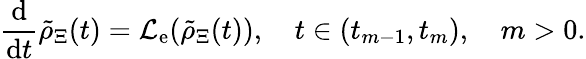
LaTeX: \frac{\mathrm{d}}{\mathrm{d}t}\tilde{\rho}_{\Xi}(t)=\mathcal{L}_{\mathrm{e}}(\tilde{\rho}_{\Xi}(t)),\quad t\in\left(t_{m-1},t_{m}\right),\quad m>0.